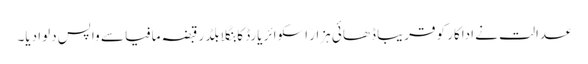
عدالت نے اداکار کو قریبا ڈھائی ہزار اسکوائر یارڈ کا بنگلا بلڈر قبضہ مافیا سے واپس دلوا دیا۔